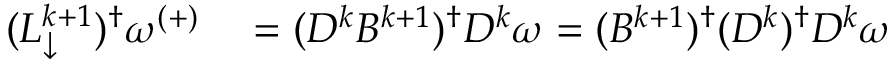
\begin{array} { r l } { ( L _ { \downarrow } ^ { k + 1 } ) ^ { \dagger } \omega ^ { ( + ) } } & { { } = ( D ^ { k } B ^ { k + 1 } ) ^ { \dagger } D ^ { k } \omega = ( B ^ { k + 1 } ) ^ { \dagger } ( D ^ { k } ) ^ { \dagger } D ^ { k } \omega } \end{array}